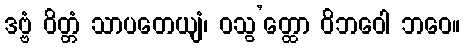
ဒဗ္ဗံ ဝိတ္တံ သာပတေယျံ၊ ဝသွ’တ္ထော ဝိဘဝေါ ဘဝေ။